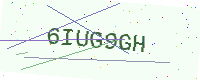
Text: 6IUG9GH